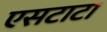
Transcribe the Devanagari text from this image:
एसटाटा